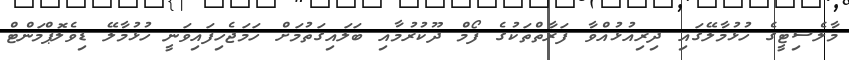
މާލެސިޓީގެ ހުޅުމާލޭގައި ދިރިއުޅުއްވާ ފަރާތްތަކުގެ ފޯމް ދޫކުރުމާއި ބަލައިގަތުމަށް ހަމަޖެހިފައިވަނީ ހުޅުމާލޭ ޑިވެލޮޕްމަންޓް